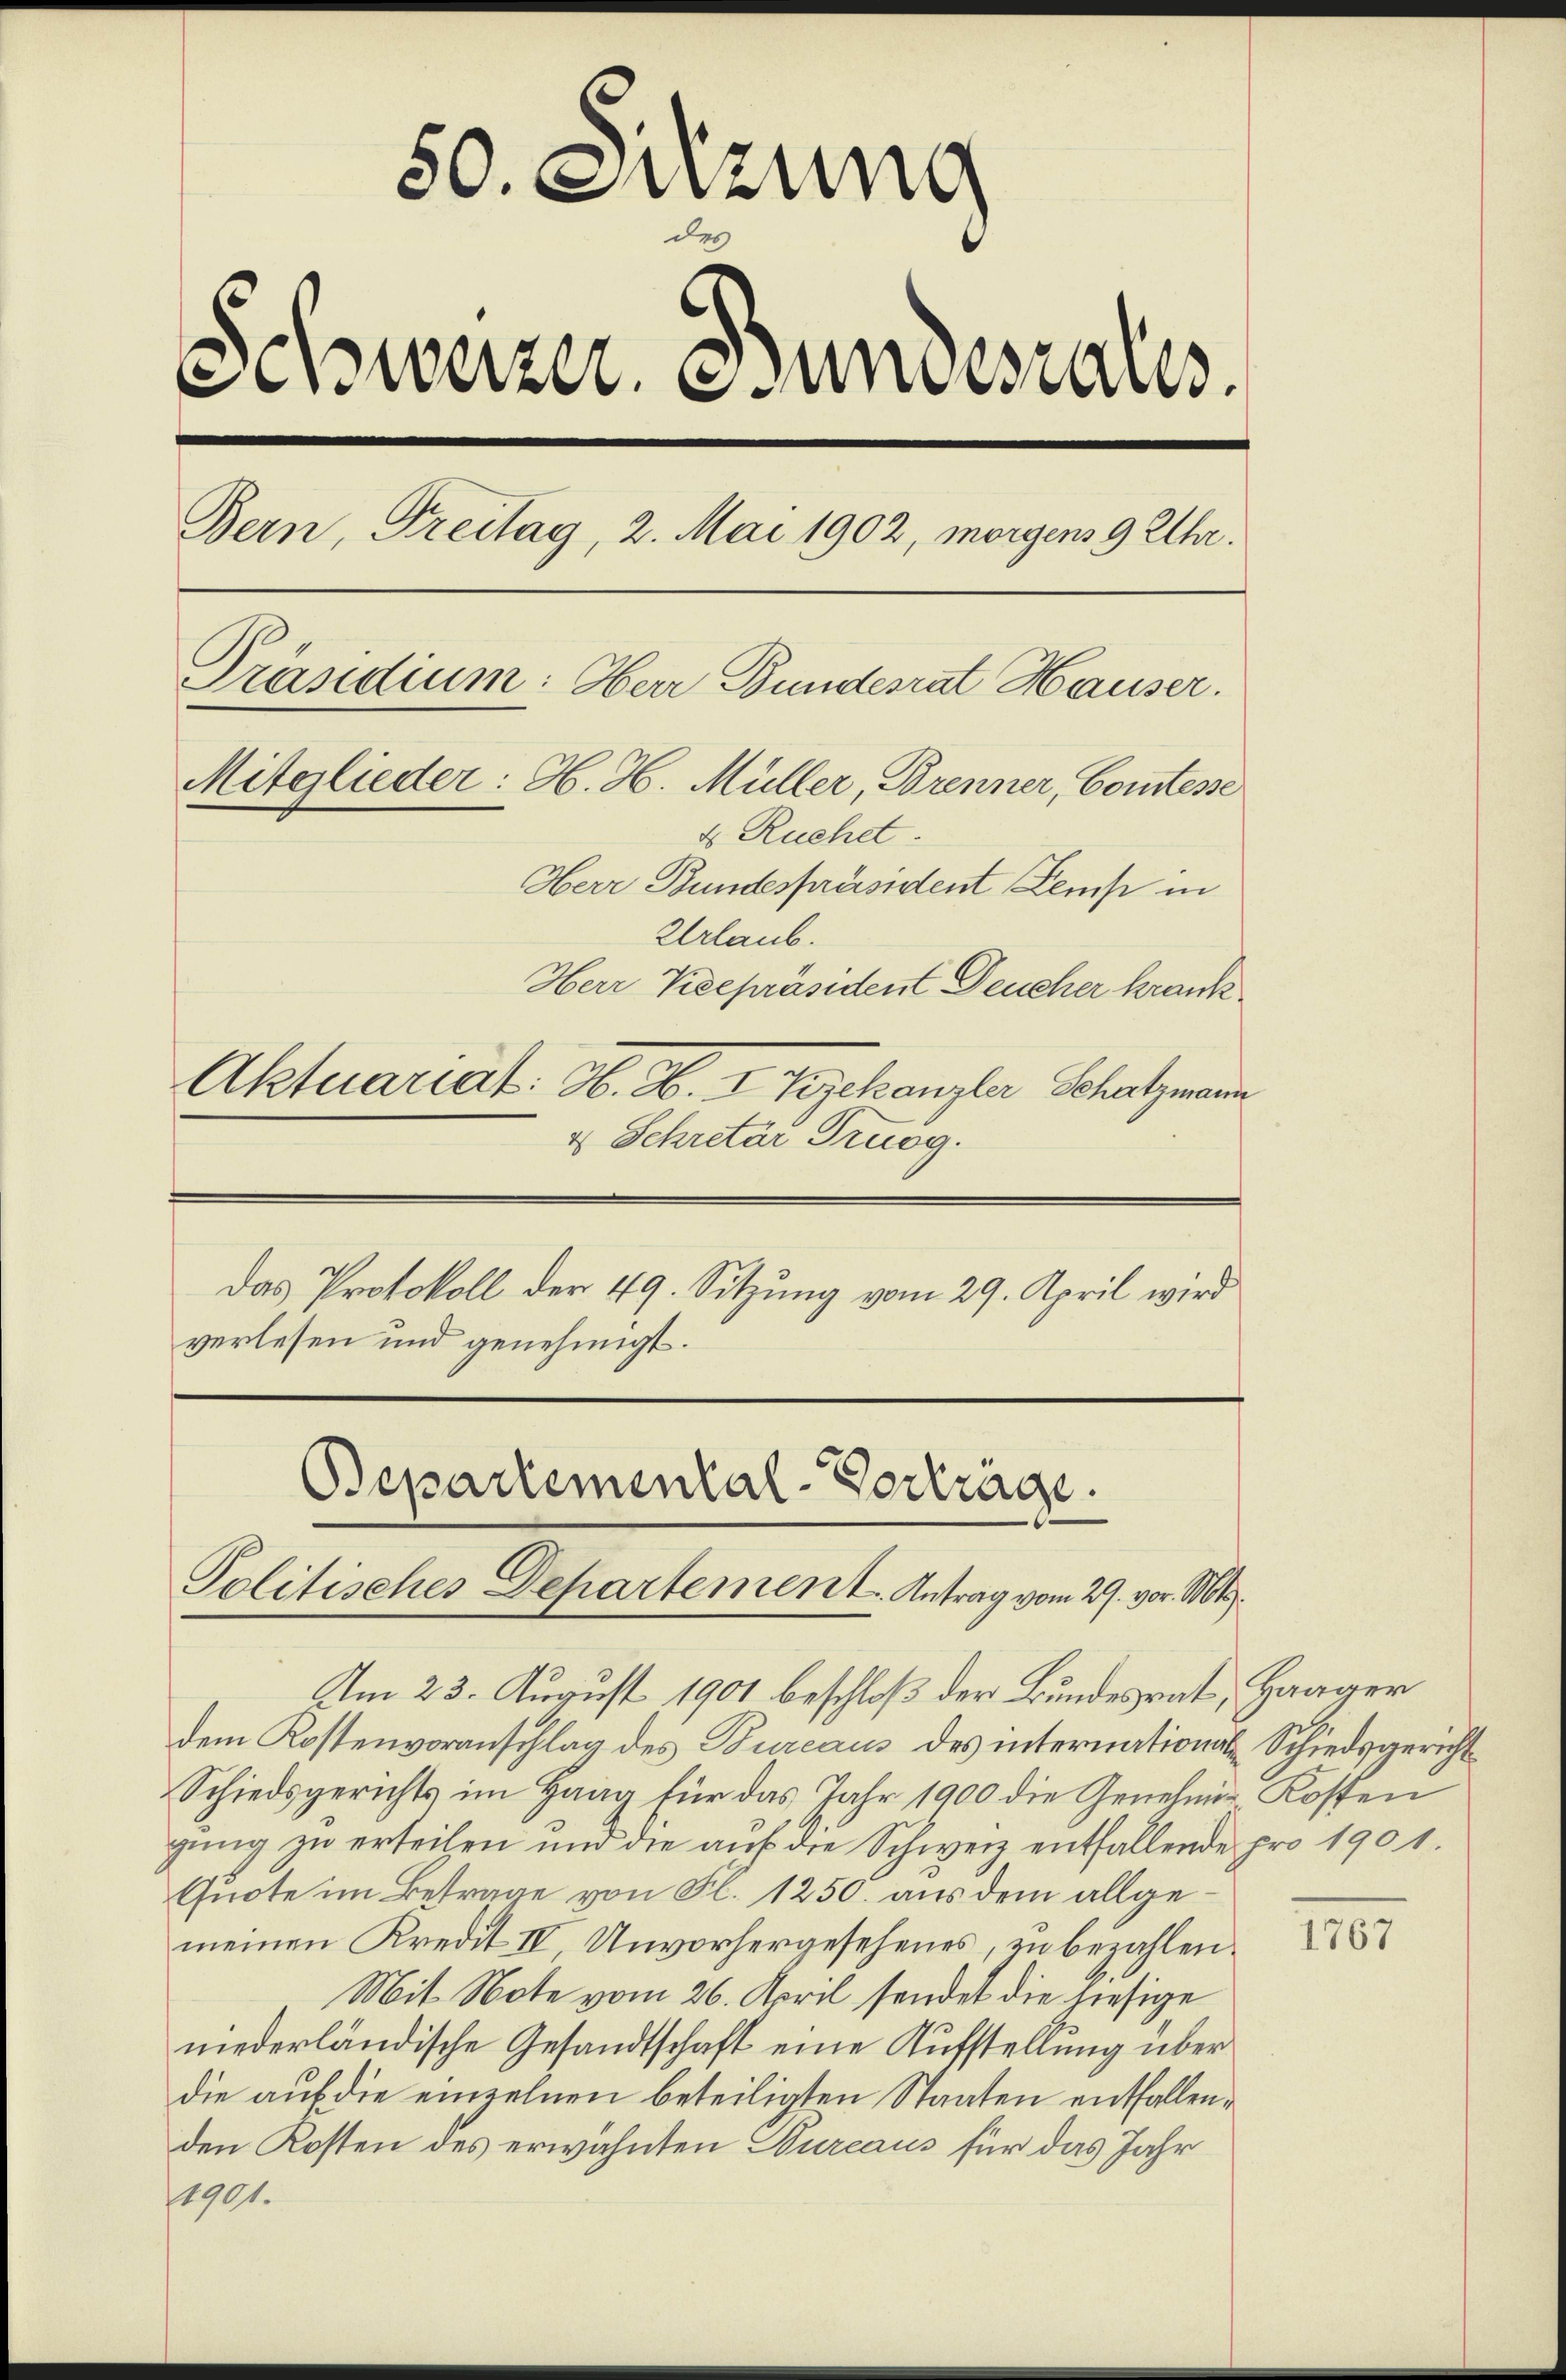
50. Dezung
des
Schweizer, esundesrates.
Bern, Freitag, 2. Mai 1902, morgens 9 Uhr.
Präsidium: Herr Bundesrat Hauser.
Mitglieder: H. H. Müller, Brenner, Comtesse
4 Ruchet.
Herr Bundespräsident Lemp in
Urlaub.
Herr Vicepräsident Deucher krank
Aktuariat: H. H. I Zigekanzler Schatzmann
4 Schretar Trugg.

Das Protokoll der 49. Sitzung vom 29. April wird
verlesen und genehmigt.

Bepartemental-Vortrage.
Politisches Departement. Antrag vom 29. vor. Mts.

Am 23. August 1901 beschloß der Bundesrat, Haager
dem Kostenvoranschlag des Bureaus des international-Schiedsgericht
Schiedsgerichts im Haag für das Jahr 1900 die Genehmig Kosten
gung zu erteilen und die auf die Schweiz entfallende pro 1901.
Quote im Betrage von Fl. 1250. aus dem allgemeinen Kredit IV Unvorhergesehenes, zu bezahlen.
Mit Note vom 26. April sendet die hiesige
niederländische Gesandtschaft eine Aufstellung über
die auf die einzelnen beteiligten Staaten entfallenden Kosten des erwähnten Bureaus für das Jahr
11901.

1767